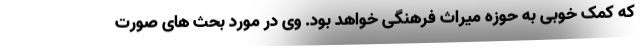
که کمک خوبی به حوزه میراث فرهنگی خواهد بود. وی در مورد بحث های صورت